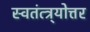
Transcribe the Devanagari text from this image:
स्वतंत्त्र्योत्तर